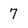
Character: 7